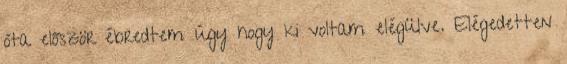
óta először ébredtem úgy hogy ki voltam elégülve. Elégedetten